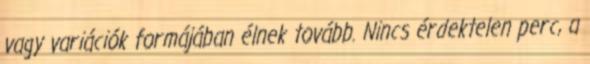
vagy variációk formájában élnek tovább. Nincs érdektelen perc, a